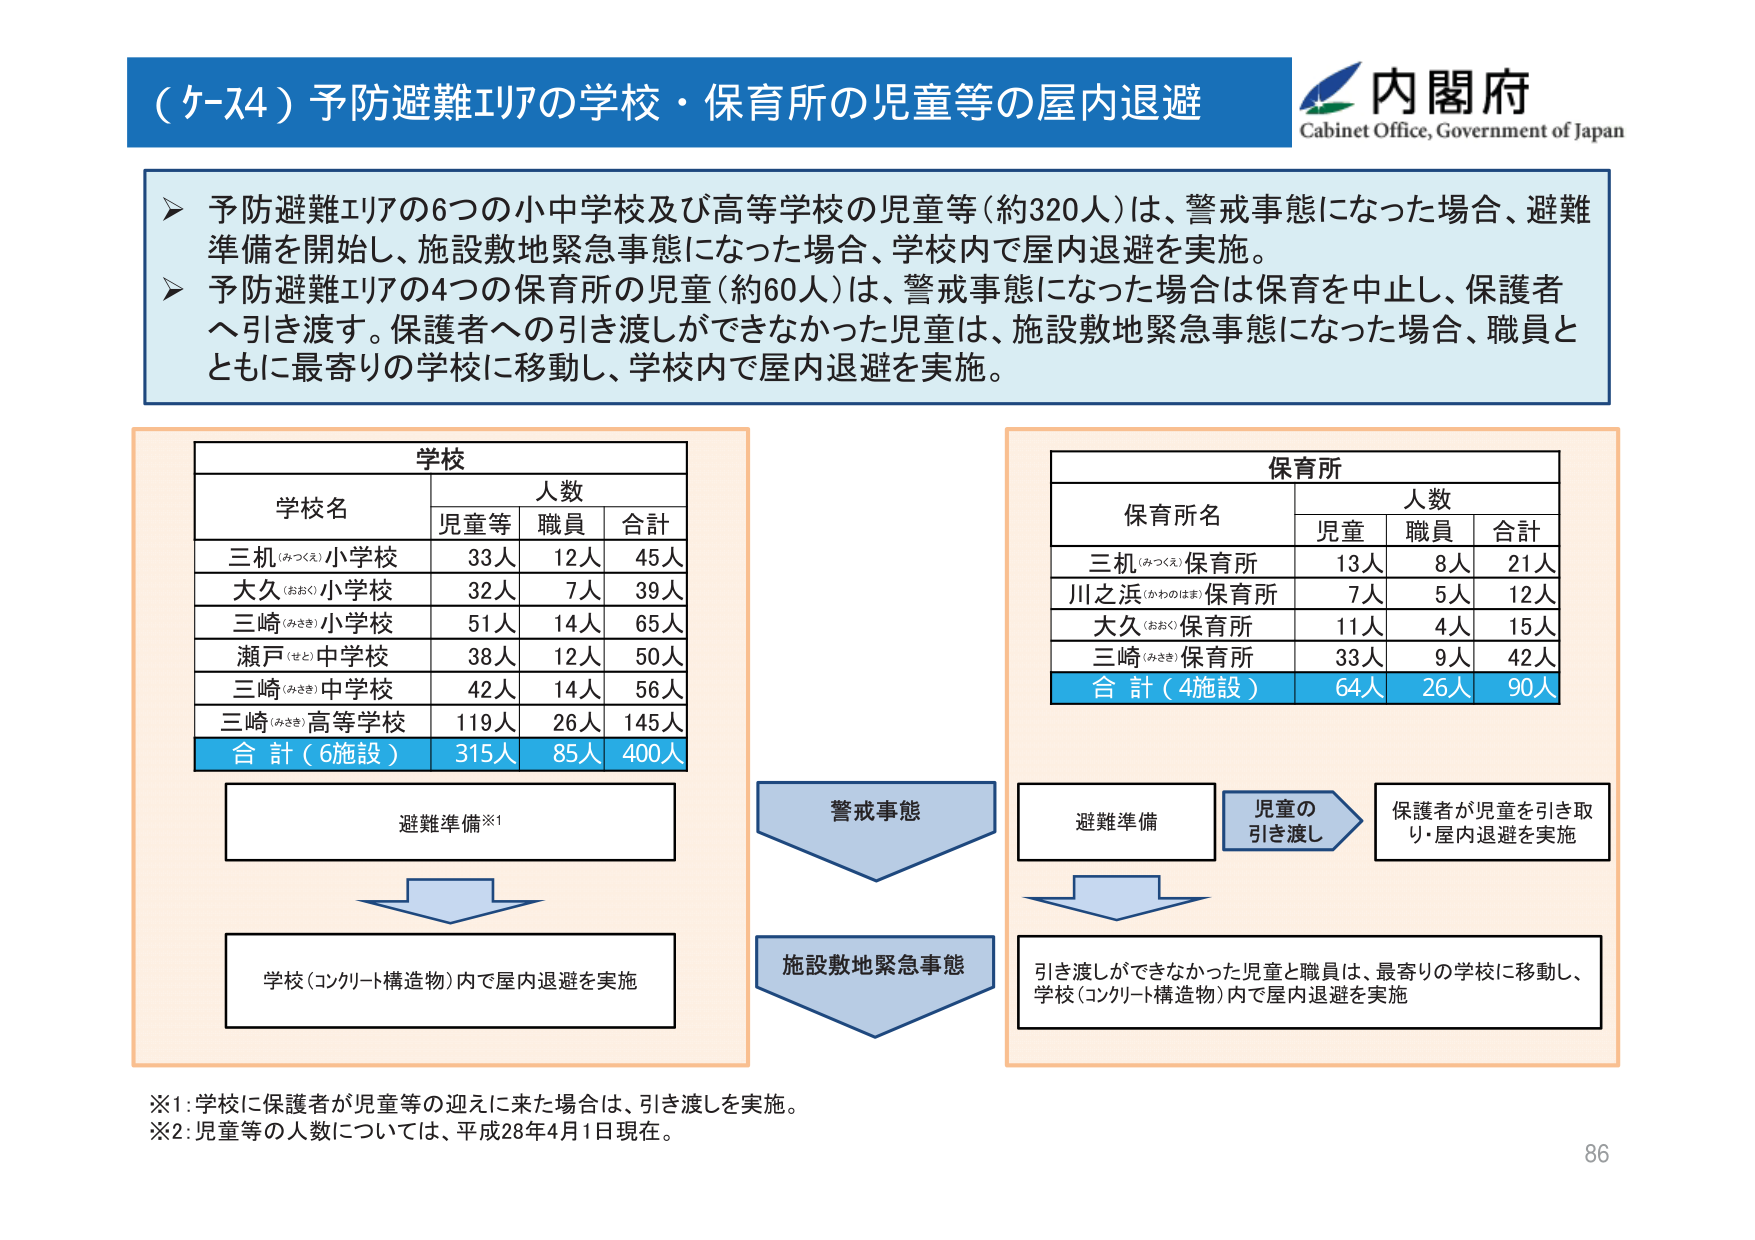
（ケース4）予防避難エリアの学校・保育所の児童等の屋内退避
内閣府
Cabinet Office, Government of Japan

▶ 予防避難エリアの6つの小中学校及び高等学校の児童等（約320人）は、警戒事態になった場合、避難準備を開始し、施設敷地緊急事態になった場合、学校内で屋内退避を実施。
▶ 予防避難エリアの4つの保育所の児童（約60人）は、警戒事態になった場合は保育を中止し、保護者へ引き渡す。保護者への引き渡しができなかった児童は、施設敷地緊急事態になった場合、職員とともに最寄りの学校に移動し、学校内で屋内退避を実施。

学校
学校名　人数
　児童等　職員　合計
三机（みつくえ）小学校　33人　12人　45人
大久（おおく）小学校　32人　7人　39人
三崎（みさき）小学校　51人　14人　65人
瀬戸（せと）中学校　38人　12人　50人
三崎（みさき）中学校　42人　14人　56人
三崎（みさき）高等学校　119人　26人　145人
合計（6施設）　315人　85人　400人

避難準備※1
↓
学校（コンクリート構造物）内で屋内退避を実施

保育所
保育所名　人数
　児童　職員　合計
三机（みつくえ）保育所　13人　8人　21人
川之浜（かわのはま）保育所　7人　5人　12人
大久（おおく）保育所　11人　4人　15人
三崎（みさき）保育所　33人　9人　42人
合計（4施設）　64人　26人　90人

警戒事態
↓
施設敷地緊急事態

避難準備
→ 児童の引き渡し → 保護者が児童を引き取り・屋内退避を実施
↓
引き渡しができなかった児童と職員は、最寄りの学校に移動し、学校（コンクリート構造物）内で屋内退避を実施

※1：学校に保護者が児童等の迎えに来た場合は、引き渡しを実施。
※2：児童等の人数については、平成28年4月1日現在。

86